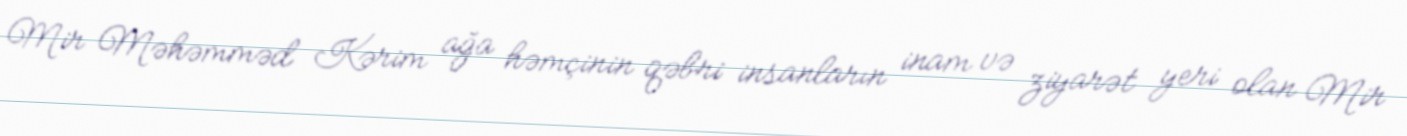
Mir Məhəmməd Kərim ağa həmçinin qəbri insanların inam və ziyarət yeri olan Mir